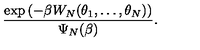
{ \frac { \exp \left( - \beta W _ { N } ( \theta _ { 1 } , \ldots , \theta _ { N } ) \right) } { \Psi _ { N } ( \beta ) } } .